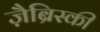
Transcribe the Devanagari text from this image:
ज़ैब्रिस्की